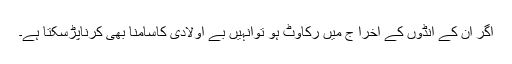
اگر ان کے انڈوں کے اخرا ج میں رکاوٹ ہو توانہیں بے اولادی کاسامنا بھی کرناپڑسکتا ہے۔